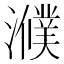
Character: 𤂛